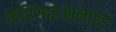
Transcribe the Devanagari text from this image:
फेरिसाइआनाइड